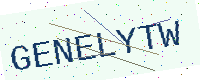
Text: GENELYTW